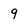
Character: 9